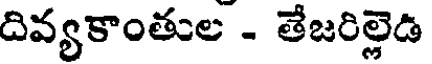
దివ్యకాంతుల - తేజరిల్లెడి